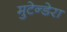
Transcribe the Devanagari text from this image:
मुटेन्डेरा